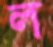
ল